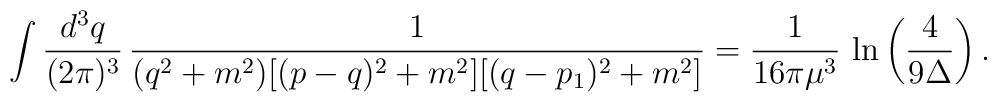
\int\frac{d^3q}{(2\pi)^3}\,\frac{1}{(q^2+m^2)[(p-q)^2+m^2][(q-p_1)^2+m^2]}=\frac{1}{16\pi \mu^3}\,\ln\left(\frac{4}{9\Delta}\right).